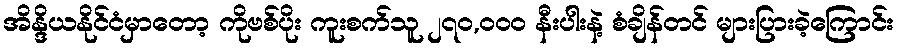
အိန္ဒိယနိုင်ငံမှာတော့ ကိုဗစ်ပိုး ကူးစက်သူ ၂၇၀,၀၀၀ နီးပါးနဲ့ စံချိန်တင် များပြားခဲ့ကြောင်း